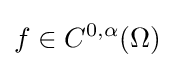
f\in C^{0,\alpha }(\Omega )